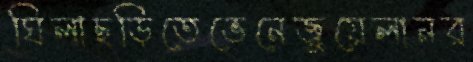
ঘিলাছড়িতেভেনেজুয়েলানর